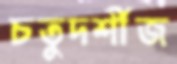
চতুদর্শীজ